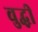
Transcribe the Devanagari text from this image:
वुद्धी